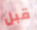
قبل